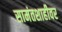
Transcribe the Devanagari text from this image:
सामंतशाहीवर